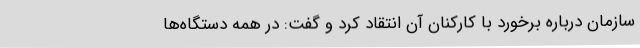
سازمان درباره برخورد با کارکنان آن انتقاد کرد و گفت: در همه دستگاه‌ها